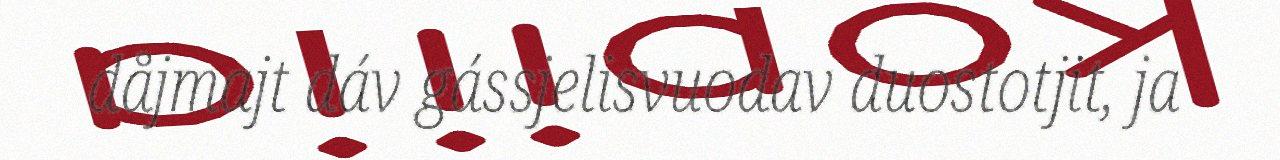
dåjmajt dáv gássjelisvuodav duostotjit, ja